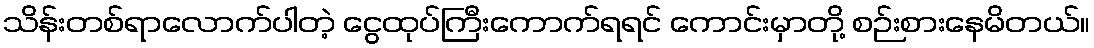
သိန်းတစ်ရာလောက်ပါတဲ့ ငွေထုပ်ကြီးကောက်ရရင် ကောင်းမှာတို့ စဉ်းစားနေမိတယ်။